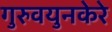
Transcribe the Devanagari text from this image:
गुरुवयुनकेरे